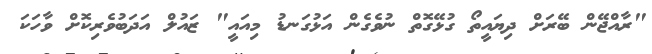
"ރާއްޖޭން ބޭރަށް ދިޔައީތޯ ގުޅޭގޮތް ނުވެގެން އަޅުގަނޑު މިއައީ" ޒައުލް އަދަބުވެރިކޮށް ވާހަކަ